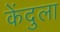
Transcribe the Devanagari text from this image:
केंदुला